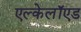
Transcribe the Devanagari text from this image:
एल्केलॉएड